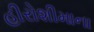
હીરોશીમાના